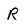
Character: R